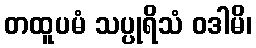
တထူပမံ သပ္ပုရိသံ ဝဒါမိ၊